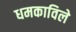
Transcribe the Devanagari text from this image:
धमकाविले